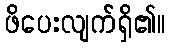
ဖိပေးလျက်ရှိ၏။